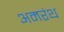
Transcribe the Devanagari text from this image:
अमरंथ